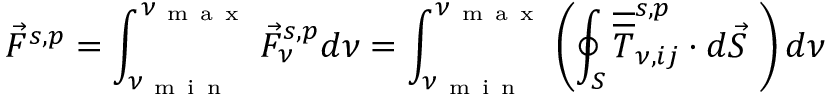
\Vec { F } ^ { s , p } = \int _ { \nu _ { \mathrm { ~ m ~ i ~ n ~ } } } ^ { \nu _ { \mathrm { ~ m ~ a ~ x ~ } } } \Vec { F } _ { \nu } ^ { s , p } d \nu = \int _ { \nu _ { \mathrm { ~ m ~ i ~ n ~ } } } ^ { \nu _ { \mathrm { ~ m ~ a ~ x ~ } } } \left( \oint _ { S } \overline { { \overline { { T } } } } _ { \nu , i j } ^ { s , p } \cdot d \Vec { S } \ \right) d \nu